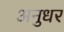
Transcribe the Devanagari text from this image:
अनुधर